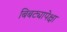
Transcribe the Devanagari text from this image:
बिबट्यापेक्षा